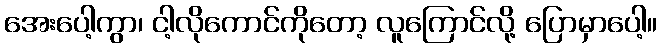
အေးပေါ့ကွာ၊ ငါ့လိုကောင်ကိုတော့ လူကြောင်လို့ ပြောမှာပေါ့။